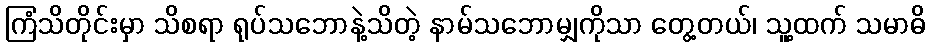
ကြံသိတိုင်းမှာ သိစရာ ရုပ်သဘောနဲ့သိတဲ့ နာမ်သဘောမျှကိုသာ တွေ့တယ်၊ သူ့ထက် သမာဓိ